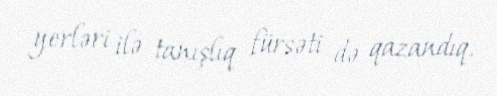
yerləri ilə tanışlıq fürsəti də qazandıq.